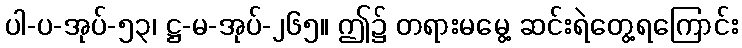
ပါ-ပ-အုပ်-၅၃၊ ဋ္ဌ-မ-အုပ်-၂၆၅။ ဤ၌ တရားမမွေ့ ဆင်းရဲတွေ့ရကြောင်း